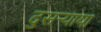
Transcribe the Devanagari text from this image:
दुसर्‍याया